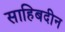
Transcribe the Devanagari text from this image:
साहिबदीन